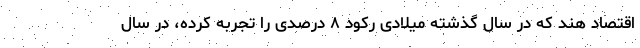
اقتصاد هند که در سال گذشته میلادی رکود ۸ درصدی را تجربه کرده، در سال